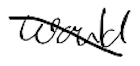
Text: would
Cross-out: diagonal
Writing tool: digital_black